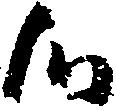
候